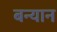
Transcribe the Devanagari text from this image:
बन्यान